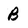
Character: B